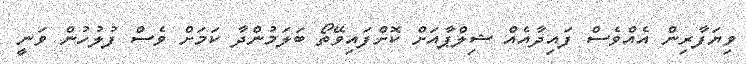
ވިޔަފާރިން އެއްވެސް ފައިދާއެއް ޝިލްޕާއަށް ކޮށްފައިވޭތޯ ބަލަމުންދާ ކަމަށް ވެސް ފުލުހުން ވަނީ